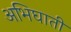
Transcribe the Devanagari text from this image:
अभिघाती